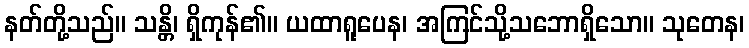
နတ်တို့သည်။ သန္တိ၊ ရှိကုန်၏။ ယထာရူပေန၊ အကြင်သို့သဘောရှိသော။ သုတေန၊